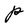
Character: P